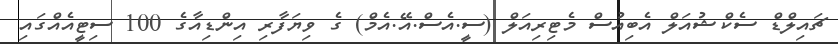
ޗައިލްޑް ސެކްޝުއަލް އެބިއުސް މެޓިރިއަލް (ސީ.އެސް.އޭ.އެމް) ގެ ވިޔަފާރި އިންޑިއާގެ 100 ސިޓީއެއްގައި